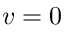
v = 0